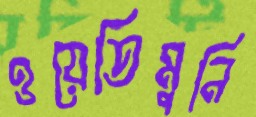
ওয়েতিমুনি